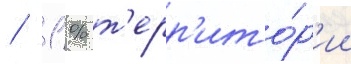
/ 1 % т'ерр'ито́р'ии